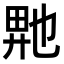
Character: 𬼮